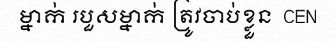
ម្នាក់ របួសម្នាក់ ត្រូវចាប់ខ្លួន  CEN